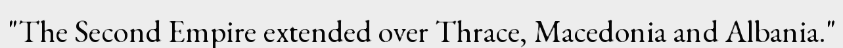
"The Second Empire extended over Thrace, Macedonia and Albania."